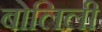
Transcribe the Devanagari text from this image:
बोलिली